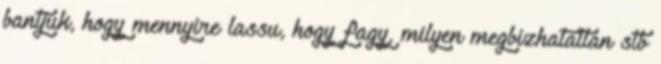
bantjuk, hogy mennyire lassu, hogy fagy, milyen megbizhatatlan stb